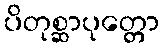
ပိတုစ္ဆာပုတ္တော